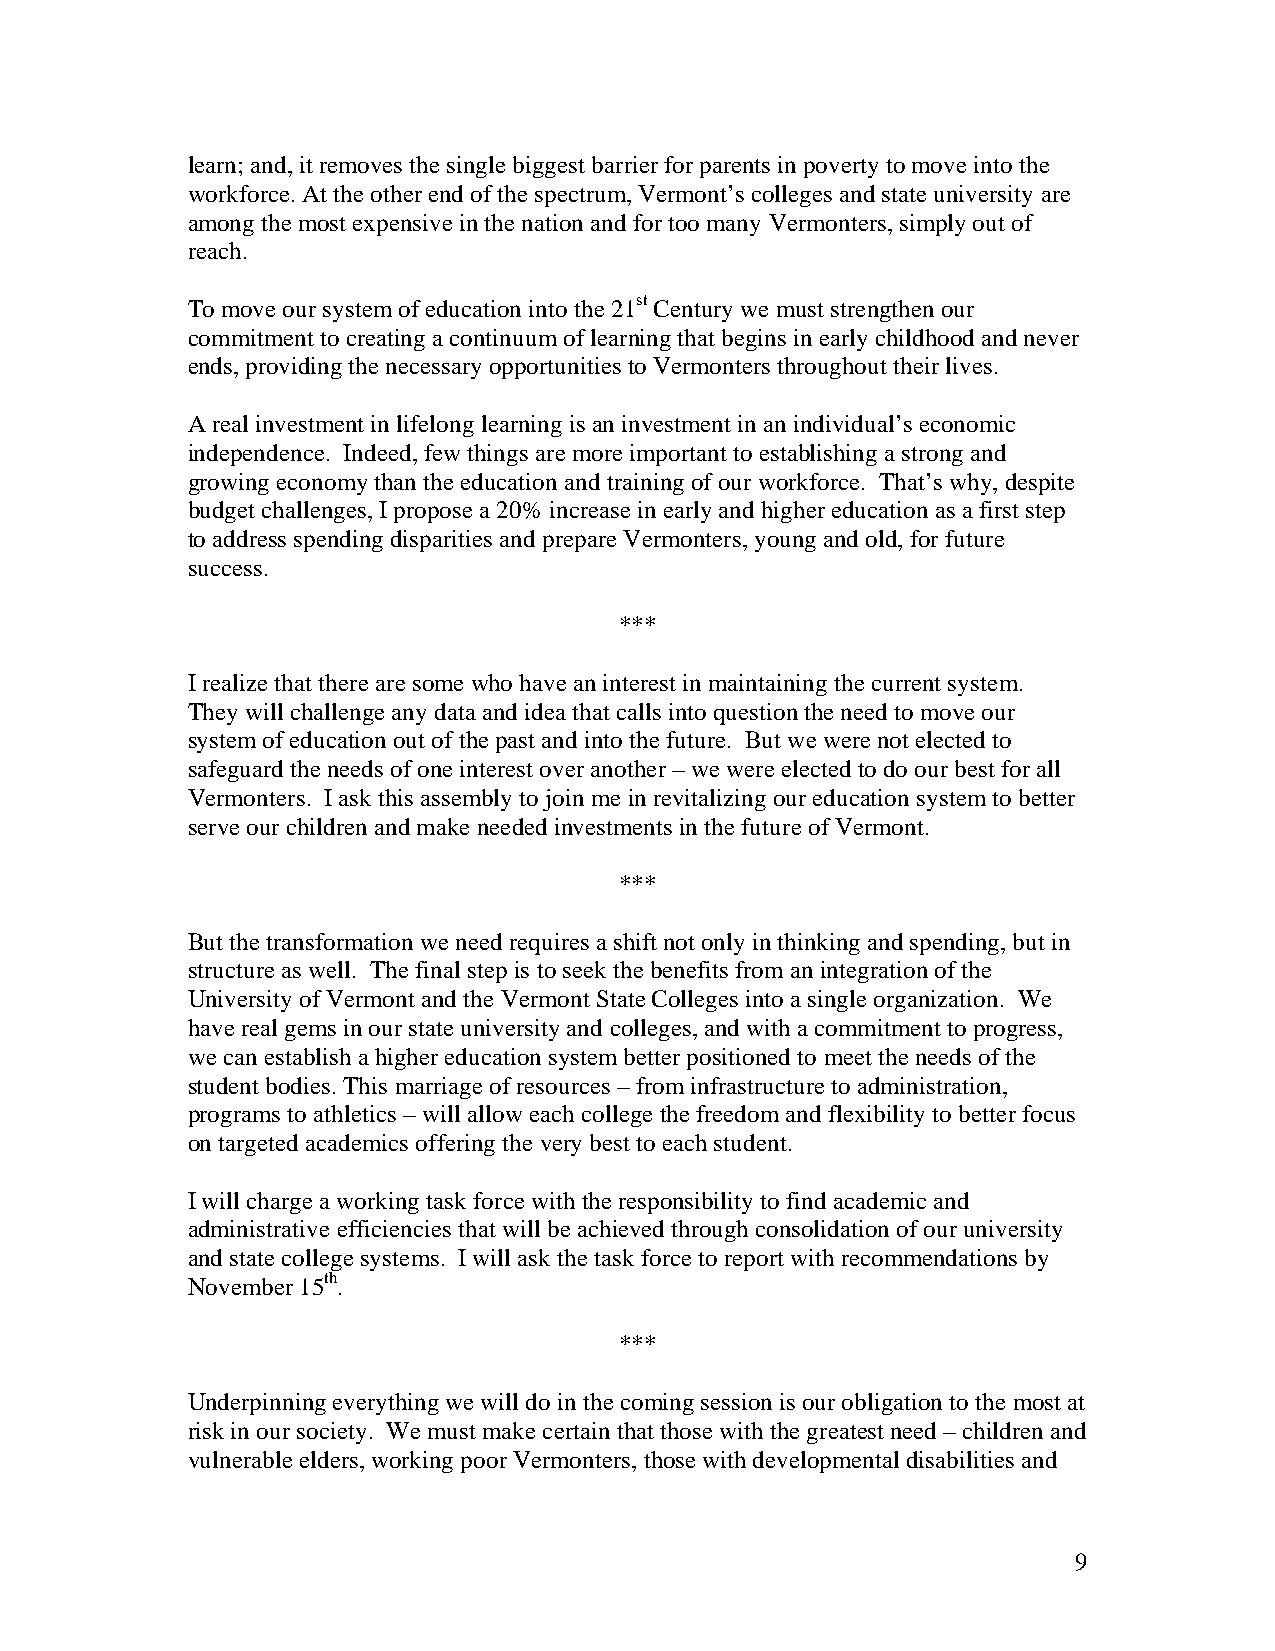
learn; and, it removes the single biggest barrier for parents in poverty to move into the
 workforce. At the other end of the spectrum, Vermont’s colleges and state university are
 among the most expensive in the nation and for too many Vermonters, simply out of
 reach.
 To move our system of education into the 21st Century we must strengthen our
 commitment to creating a continuum of learning that begins in early childhood and never
 ends, providing the necessary opportunities to Vermonters throughout their lives.
 A real investment in lifelong learning is an investment in an individual’s economic
 independence. Indeed, few things are more important to establishing a strong and
 growing economy than the education and training of our workforce. That’s why, despite
 budget challenges, I propose a 20% increase in early and higher education as a first step
 to address spending disparities and prepare Vermonters, young and old, for future
 success.
 ***
 I realize that there are some who have an interest in maintaining the current system.
 They will challenge any data and idea that calls into question the need to move our
 system of education out of the past and into the future. But we were not elected to
 safeguard the needs of one interest over another – we were elected to do our best for all
 Vermonters. I ask this assembly to join me in revitalizing our education system to better
 serve our children and make needed investments in the future of Vermont.
 ***
 But the transformation we need requires a shift not only in thinking and spending, but in
 structure as well. The final step is to seek the benefits from an integration of the
 University of Vermont and the Vermont State Colleges into a single organization. We
 have real gems in our state university and colleges, and with a commitment to progress,
 we can establish a higher education system better positioned to meet the needs of the
 student bodies. This marriage of resources – from infrastructure to administration,
 programs to athletics – will allow each college the freedom and flexibility to better focus
 on targeted academics offering the very best to each student.
 I will charge a working task force with the responsibility to find academic and
 administrative efficiencies that will be achieved through consolidation of our university
 and state college systems. I will ask the task force to report with recommendations by
 November 15th.
 ***
 Underpinning everything we will do in the coming session is our obligation to the most at
 risk in our society. We must make certain that those with the greatest need – children and
 vulnerable elders, working poor Vermonters, those with developmental disabilities and
 9